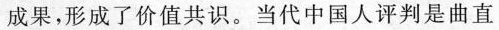
成果，形成了价值共识。当代中国人评判是曲直